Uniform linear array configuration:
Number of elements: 16
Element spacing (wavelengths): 0.25
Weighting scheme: cosine
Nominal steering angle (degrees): -45
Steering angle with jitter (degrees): -44.311
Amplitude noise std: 0.05
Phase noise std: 0.05

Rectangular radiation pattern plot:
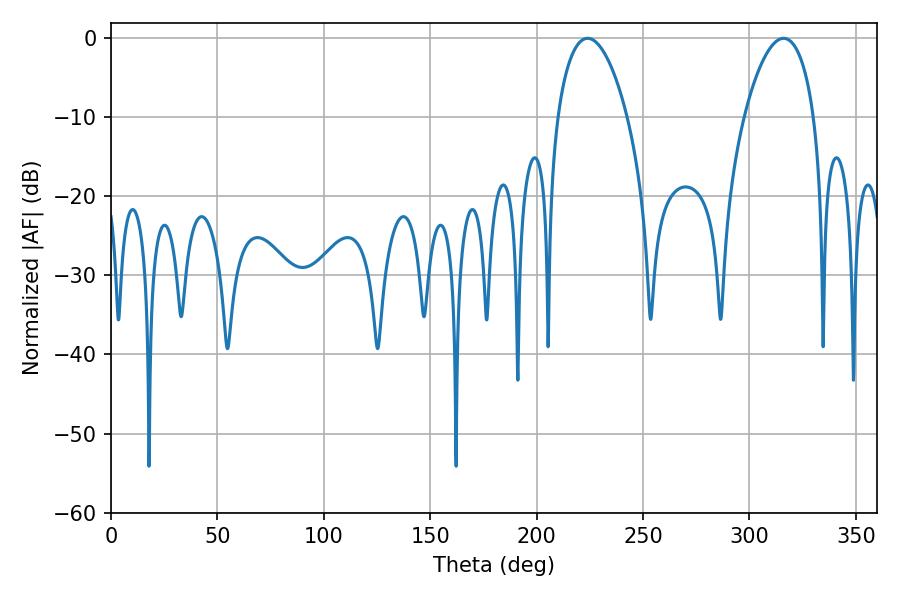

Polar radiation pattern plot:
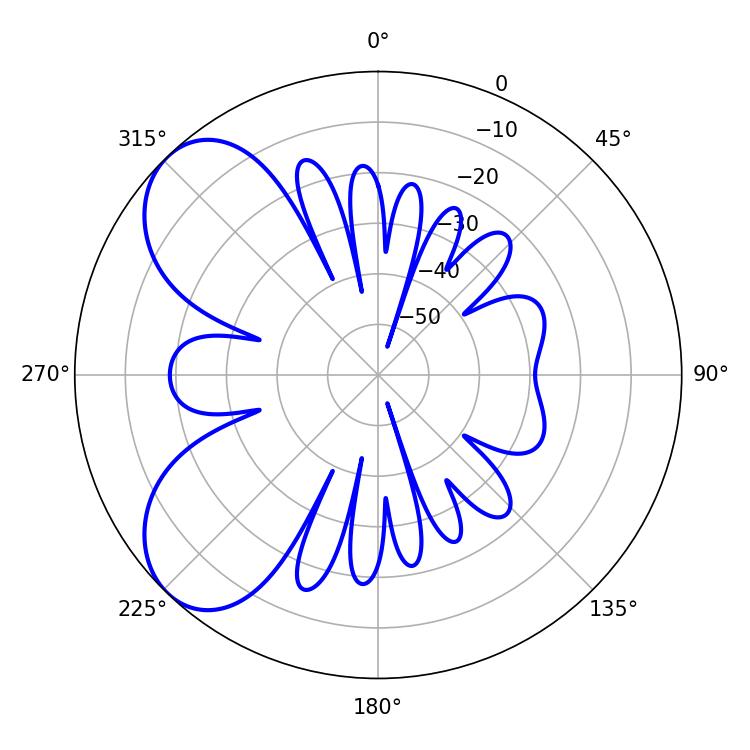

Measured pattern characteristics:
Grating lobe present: FALSE
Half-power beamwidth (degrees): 18.54
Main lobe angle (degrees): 223.92